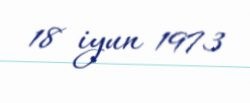
18 iyun 1973